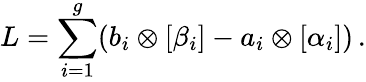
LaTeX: L=\sum_{i=1}^{g}(b_{i}\otimes[\beta_{i}]-a_{i}\otimes[\alpha_{i}])\, .